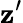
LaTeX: \mathbf{z}’